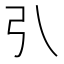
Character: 𢎡